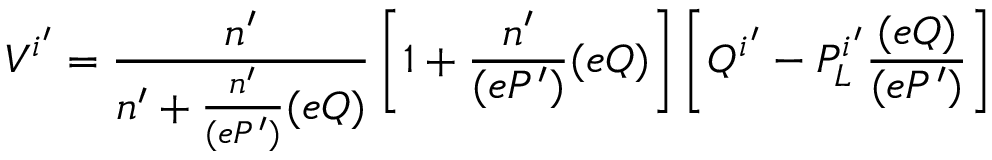
V ^ { i ^ { \prime } } = \frac { n ^ { \prime } } { n ^ { \prime } + \frac { n ^ { \prime } } { ( e { \cal P } ^ { \prime } ) } ( e Q ) } \left[ 1 + \frac { n ^ { \prime } } { ( e { \cal P } ^ { \prime } ) } ( e Q ) \right] \left[ Q ^ { i ^ { \prime } } - { \cal P } _ { L } ^ { i ^ { \prime } } \frac { ( e Q ) } { ( e { \cal P } ^ { \prime } ) } \right]